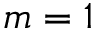
m = 1